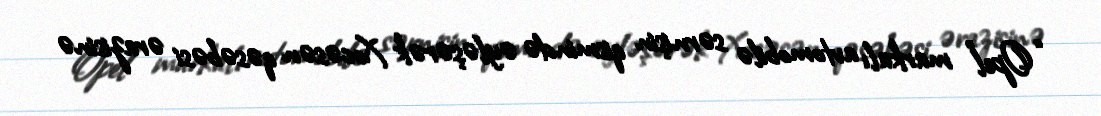
“Opel” markalı avtomobilə sərnişin qismində əyləşərək Xocəsən qəsəbəsi ərazisinə